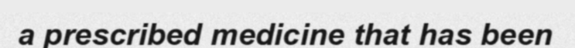
a prescribed medicine that has been